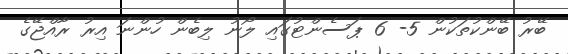
ބޭރު ބޭންކުތަކުން 5- 6 ޕަސެންޓުގައި ލޯނު ލިބެން ހުންނަ އިރު ރާއްޖޭގެ